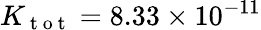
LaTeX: K_{\mathrm{~t~o~t~}}=8.33\times 10^{-11}